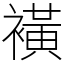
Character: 𧝒